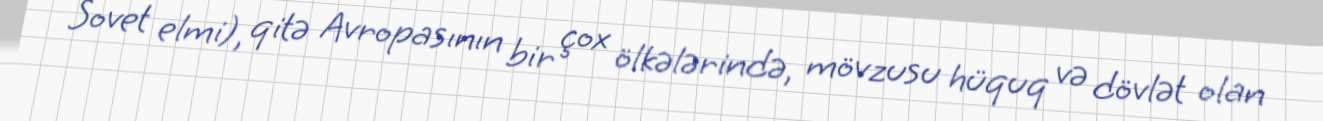
Sovet elmi), qitə Avropasının bir çox ölkələrində, mövzusu hüquq və dövlət olan